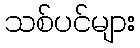
သစ်ပင်များ